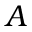
A